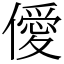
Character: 僾